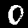
Label: 0